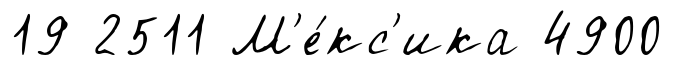
19 2511 М'е́кс'ика 4900